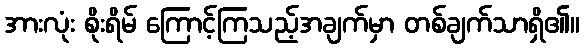
အားလုံး စိုးရိမ် ကြောင့်ကြသည့်အချက်မှာ တစ်ချက်သာရှိ၏။